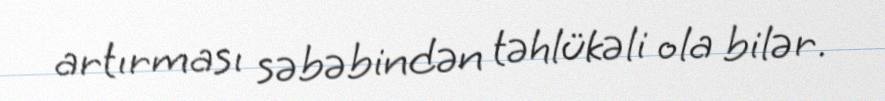
artırması səbəbindən təhlükəli ola bilər.